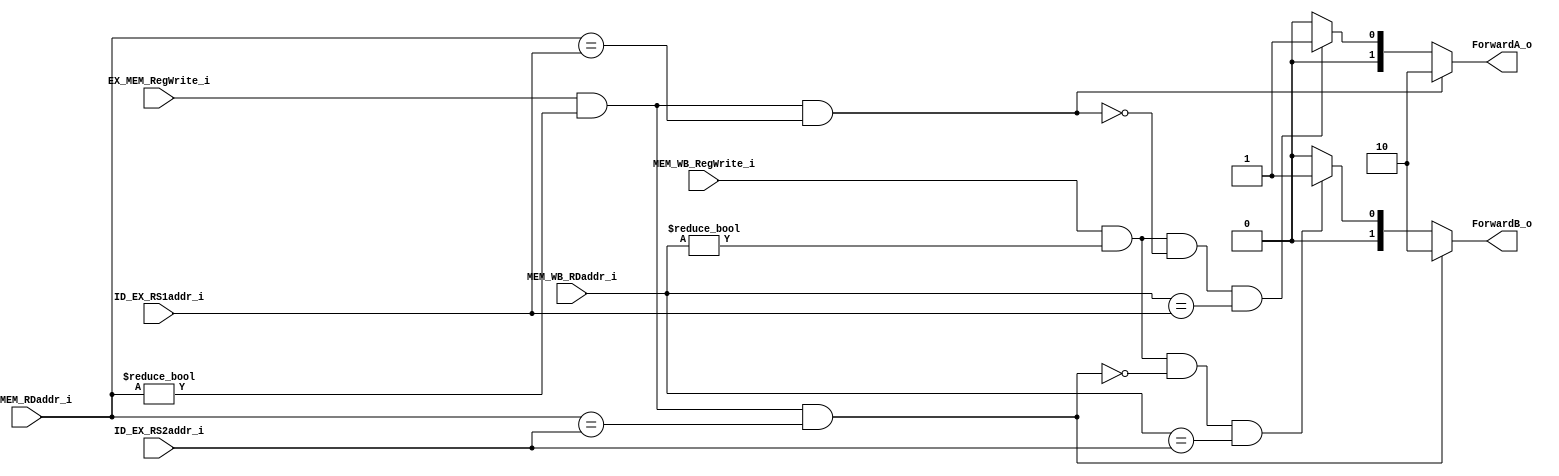
module Forwarding_Unit
(
    ID_EX_RS1addr_i,
    ID_EX_RS2addr_i,
    EX_MEM_RegWrite_i,
    EX_MEM_RDaddr_i,
    MEM_WB_RegWrite_i,
    MEM_WB_RDaddr_i,
    ForwardA_o,
    ForwardB_o
);

input [4:0] ID_EX_RS1addr_i;
input [4:0] ID_EX_RS2addr_i;
input EX_MEM_RegWrite_i;
input [4:0] EX_MEM_RDaddr_i;
input MEM_WB_RegWrite_i;
input [4:0] MEM_WB_RDaddr_i;
output [1:0] ForwardA_o;
output [1:0] ForwardB_o;

reg [1:0] ForwardA_o;
reg [1:0] ForwardB_o;

always @(*) begin
    if (EX_MEM_RegWrite_i 
        && (EX_MEM_RDaddr_i != 0) 
        && (EX_MEM_RDaddr_i == ID_EX_RS1addr_i)) begin
        ForwardA_o = 2'b10;
    end
    else if (MEM_WB_RegWrite_i
            && (MEM_WB_RDaddr_i != 0) 
            && !(EX_MEM_RegWrite_i && (EX_MEM_RDaddr_i != 0) 
                && (EX_MEM_RDaddr_i == ID_EX_RS1addr_i)) 
            &&(MEM_WB_RDaddr_i == ID_EX_RS1addr_i)) begin 
        ForwardA_o = 2'b01;
    end
    else begin 
        ForwardA_o = 2'b00;
    end

    if (EX_MEM_RegWrite_i 
        && (EX_MEM_RDaddr_i != 0) 
        && (EX_MEM_RDaddr_i == ID_EX_RS2addr_i)) begin
        ForwardB_o = 2'b10;
    end
    else if (MEM_WB_RegWrite_i 
            && (MEM_WB_RDaddr_i != 0) 
            && !(EX_MEM_RegWrite_i && (EX_MEM_RDaddr_i != 0) 
                && (EX_MEM_RDaddr_i == ID_EX_RS2addr_i)) 
            &&(MEM_WB_RDaddr_i == ID_EX_RS2addr_i)) begin 
        ForwardB_o = 2'b01;
    end
    else begin
        ForwardB_o = 2'b00;
    end
end

endmodule